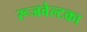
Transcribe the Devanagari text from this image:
रूजवेल्टका